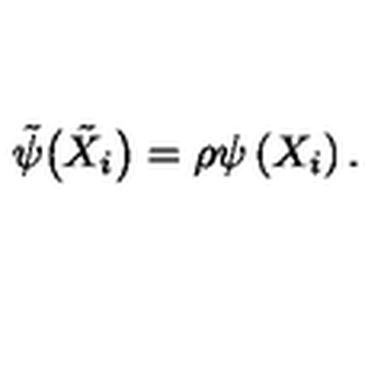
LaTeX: { \tilde { \psi } } \big ( { \tilde { X } } _ { i } \big ) = \rho \psi \left( X _ { i } \right) .